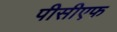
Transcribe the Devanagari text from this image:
पीसीएफ